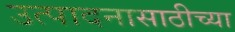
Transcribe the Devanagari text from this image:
उत्पादनासाठीच्या